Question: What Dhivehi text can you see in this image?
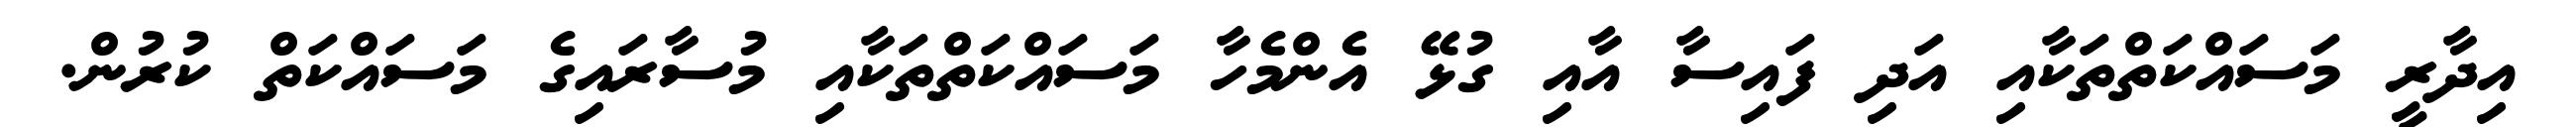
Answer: އިދާރީ މަސައްކަތްތަކާއި އަދި ފައިސާ އާއި ގުޅޭ އެންމެހާ މަސައްކަތްތަކާއި މުސާރައިގެ މަސައްކަތް ކުރުން.